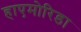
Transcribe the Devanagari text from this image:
हाएमोरिडा